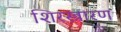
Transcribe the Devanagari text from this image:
शिरस्त्रारण